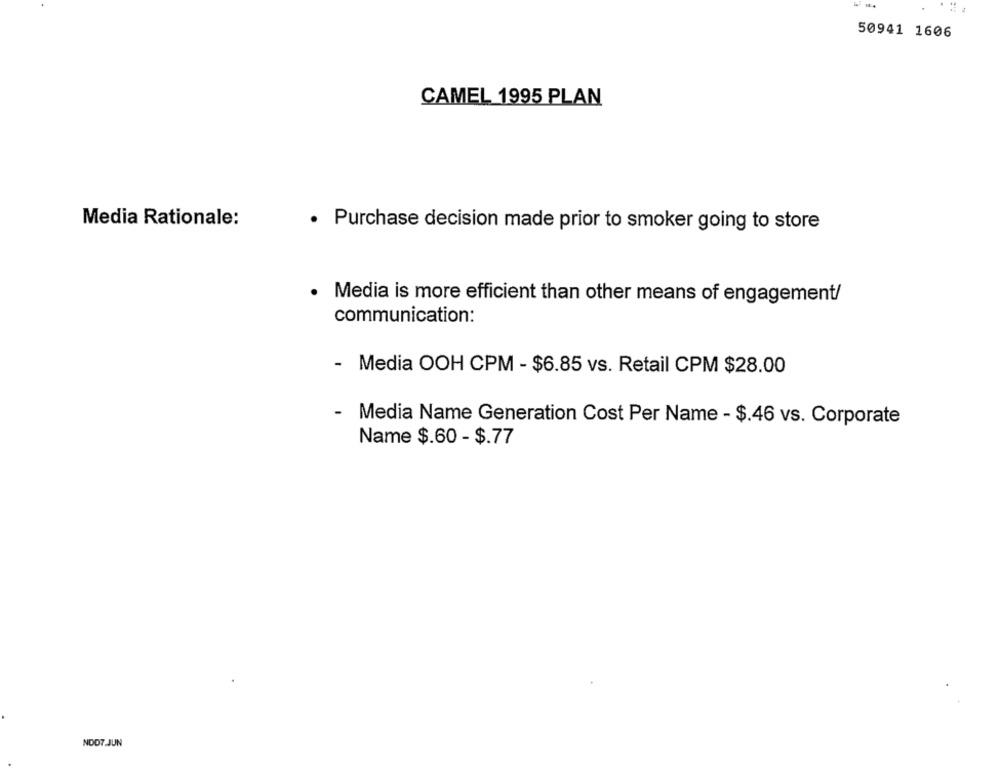
50941 1606
CAMEL 1995 PLAN
Media Rationale:
· Purchase decision made prior to smoker going to store
· Media is more efficient than other means of engagement/
communication:
- Media OOH CPM - $6.85 vs. Retail CPM $28.00
- Media Name Generation Cost Per Name - $.46 vs. Corporate
Name $.60 - $.77
NOD7.JUN